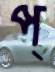
প্